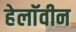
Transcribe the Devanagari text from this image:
हेलाॅवीन